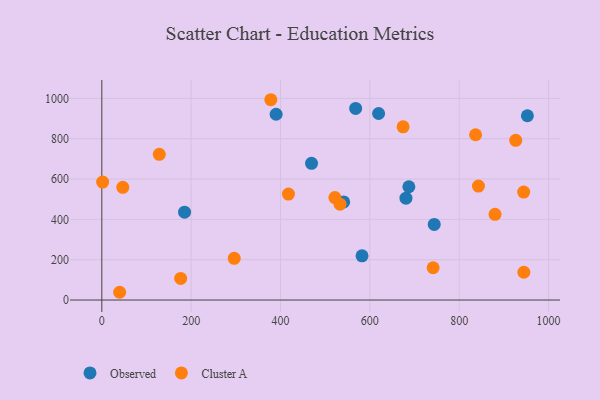
{"axis": {"x": "Study Hours", "y": "Rating"}, "legend": ["Cluster A", "Observed"], "data": [{"x": "582.5", "y": 219.1, "type": "Observed"}, {"x": "744.1", "y": 374.9, "type": "Observed"}, {"x": "185.2", "y": 435.9, "type": "Observed"}, {"x": "390.2", "y": 921.4, "type": "Observed"}, {"x": "680.8", "y": 505.2, "type": "Observed"}, {"x": "619.6", "y": 925.0, "type": "Observed"}, {"x": "469.4", "y": 677.8, "type": "Observed"}, {"x": "541.4", "y": 486.6, "type": "Observed"}, {"x": "687.3", "y": 561.9, "type": "Observed"}, {"x": "568.2", "y": 950.4, "type": "Observed"}, {"x": "952.6", "y": 913.8, "type": "Observed"}, {"x": "176.5", "y": 107.0, "type": "Cluster A"}, {"x": "521.8", "y": 508.1, "type": "Cluster A"}, {"x": "46.9", "y": 558.7, "type": "Cluster A"}, {"x": "378.3", "y": 993.4, "type": "Cluster A"}, {"x": "880.2", "y": 424.8, "type": "Cluster A"}, {"x": "926.5", "y": 791.9, "type": "Cluster A"}, {"x": "836.7", "y": 819.7, "type": "Cluster A"}, {"x": "843.1", "y": 565.2, "type": "Cluster A"}, {"x": "533.2", "y": 475.2, "type": "Cluster A"}, {"x": "296.4", "y": 206.7, "type": "Cluster A"}, {"x": "39.9", "y": 38.4, "type": "Cluster A"}, {"x": "674.4", "y": 859.2, "type": "Cluster A"}, {"x": "944.7", "y": 137.7, "type": "Cluster A"}, {"x": "944.3", "y": 535.3, "type": "Cluster A"}, {"x": "741.6", "y": 160.0, "type": "Cluster A"}, {"x": "1.8", "y": 584.9, "type": "Cluster A"}, {"x": "128.6", "y": 722.5, "type": "Cluster A"}, {"x": "417.8", "y": 525.2, "type": "Cluster A"}]}